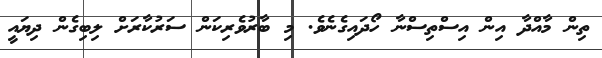
ތިން މާއްދާ އިން އިސްތިސްނާ ހޯދައިގެނެވެ. މި ބާރުވެރިކަން ސަރުކާރަށް ލިބިގެން ދިޔައީ